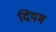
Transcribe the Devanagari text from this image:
दियम